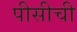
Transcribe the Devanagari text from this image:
पीसीची